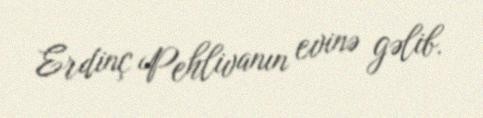
Erdinç Pehlivanın evinə gəlib.